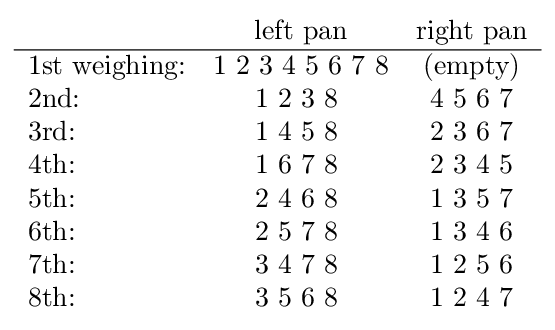
{\begin{array}{lcc}&{\text{left pan}}&{\text{right pan}}\\\hline {\text{1st weighing:}}&1\ 2\ 3\ 4\ 5\ 6\ 7\ 8&{\text{(empty)}}\\{\text{2nd:}}&1\ 2\ 3\ 8\ &4\ 5\ 6\ 7\\{\text{3rd:}}&1\ 4\ 5\ 8\ &2\ 3\ 6\ 7\\{\text{4th:}}&1\ 6\ 7\ 8\ &2\ 3\ 4\ 5\\{\text{5th:}}&2\ 4\ 6\ 8\ &1\ 3\ 5\ 7\\{\text{6th:}}&2\ 5\ 7\ 8\ &1\ 3\ 4\ 6\\{\text{7th:}}&3\ 4\ 7\ 8\ &1\ 2\ 5\ 6\\{\text{8th:}}&3\ 5\ 6\ 8\ &1\ 2\ 4\ 7\end{array}}